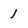
Character: I